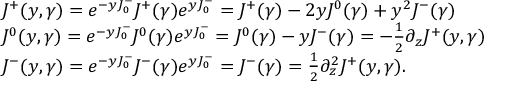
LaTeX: \begin{array} { l c r } { { J ^ { + } ( y , \gamma ) = e ^ { - y J _ { 0 } ^ { - } } J ^ { + } ( \gamma ) e ^ { y J _ { 0 } ^ { - } } = J ^ { + } ( \gamma ) - 2 y J ^ { 0 } ( \gamma ) + y ^ { 2 } J ^ { - } ( \gamma ) } } \\ { { J ^ { 0 } ( y , \gamma ) = e ^ { - y J _ { 0 } ^ { - } } J ^ { 0 } ( \gamma ) e ^ { y J _ { 0 } ^ { - } } = J ^ { 0 } ( \gamma ) - y J ^ { - } ( \gamma ) = { - { \frac { 1 } { 2 } } } { \partial _ { z } } J ^ { + } ( y , \gamma ) } } \\ { { J ^ { - } ( y , \gamma ) = e ^ { - y J _ { 0 } ^ { - } } J ^ { - } ( \gamma ) e ^ { y J _ { 0 } ^ { - } } = J ^ { - } ( \gamma ) = { \frac { 1 } { 2 } } { { \partial } _ { z } ^ { 2 } } J ^ { + } ( y , \gamma ) . } } \end{array}